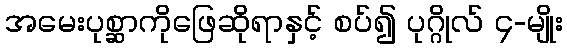
အမေးပုစ္ဆာကိုဖြေဆိုရာနှင့် စပ်၍ ပုဂ္ဂိုလ် ၄-မျိုး